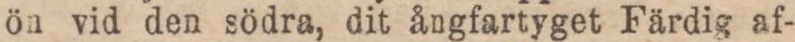
ön vid den södra, dit ångfartyget Färdig af-